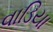
વાડિયા